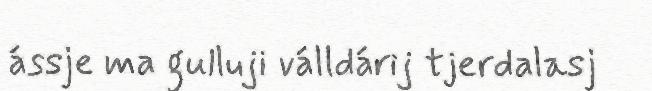
ássje ma gulluji válldárij tjerdalasj